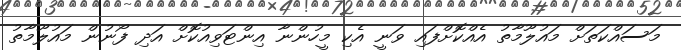
މަސައްކަތަށް މައުލޫމާތު އެއްކޮށްފައި ވަނީ އެކި މީހުންނާ އިންޓަވިއުކޮށް އަދި ފޯނުން މައުލޫމާތު